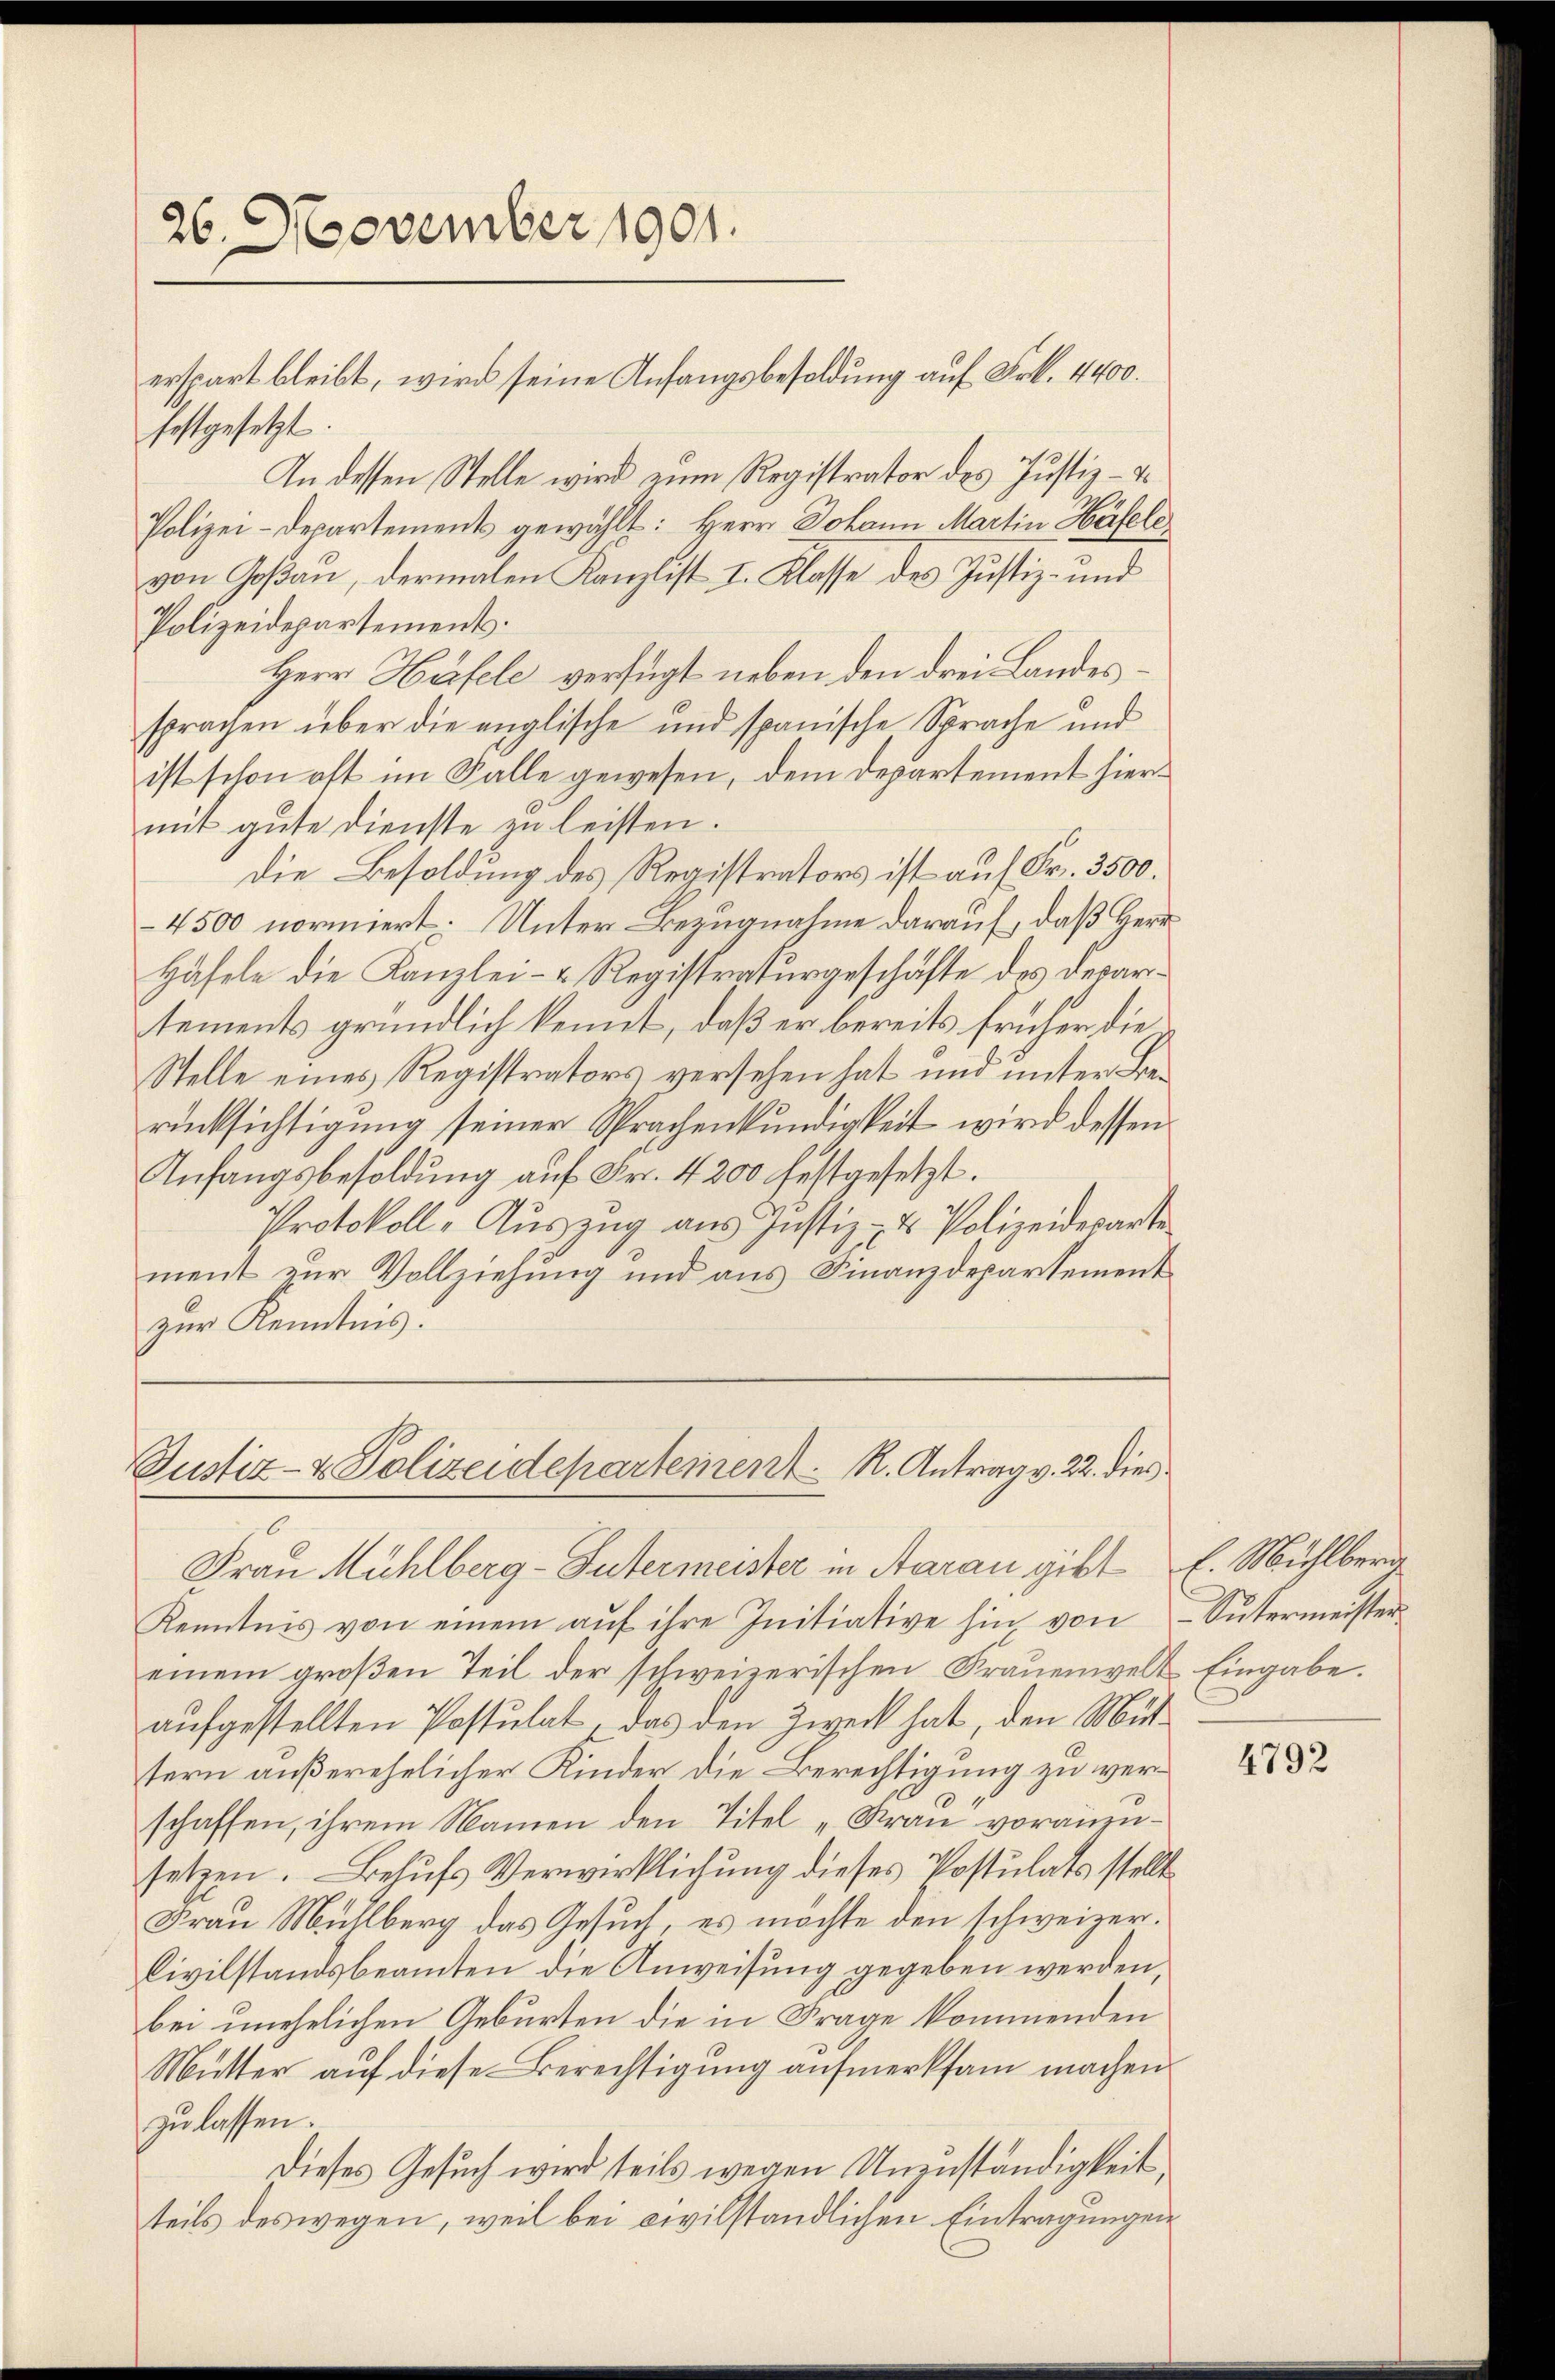
.
26.
ovember 1901.

festgesetzt.
In dessen Stelle wird zum Registrator des Justiz-
Polizei-Departement gewählt: Herr Johann Martin Häfele
von Goßau, dermalen Kanzlist I. Klasse des Justiz- und
Polizeidepartements.
Herr Häfele verfügt neben den drei Landessprachen über die englische und spanische Sprache und
ist schon oft im Falle gewesen, dem Departement hiermit gute Dienste zu leisten.
Die Besoldung des Registrators ist auf Fr. 3500.
4500 normiert: Unter Bezugnahme darauf, daß Herr
Häfele die Kanzlei- & Registraturgeschäfte des Departements gründlich kennt, daß er bereits früher die
Stelle eines Registrators versehen hat und unter Berücksichtigung seiner Sprachenkundigkeit wird dessen
Anfangsbesoldung auf Fr. 4200 festgesetzt.
Protokoll-Aŭszŭg aŭs Justiz- & Polizeideparte
ment zur Vollziehung und aus Finanzdepartement
zur Kenntnis.

erspart bleibt, wird seine Anfangsbesoldung auf Frk. 4400.

Justiz- & Polizeidepartement K. Antrag v. 22. dies

Frau Mühlberg-Sutermeister in Aarau gibt E. Mühlberg
Kenntnis von einem aŭf ihre Initiative hin von Sutermeister-
einem großen Teil der schweizerischen Frauenwelt Eingabe.
aufgestellten Postulat, das den Zweck hat, den Mittern außerehelicher Kinder die Berechtigung zu verschaffen, ihrem Namen den Titel „Frau voranzusetzen. Behufs Verwirklichung dieses Postulats stellt
Frau Mühlberg das Gesuch, es möchte den schweizer¬
Civilstandsbeamten die Anweisung gegeben werden,
bei unehelichen Geburten die in Frage kommenden
Mutter auf diese Berechtigung aufmerksam machen
zu lassen.
Dieses Gesuch wird teils wegen Unzuständigkeit,
teils des wegen, weil bei civilständlichen Eintragungen

4792